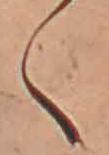
く